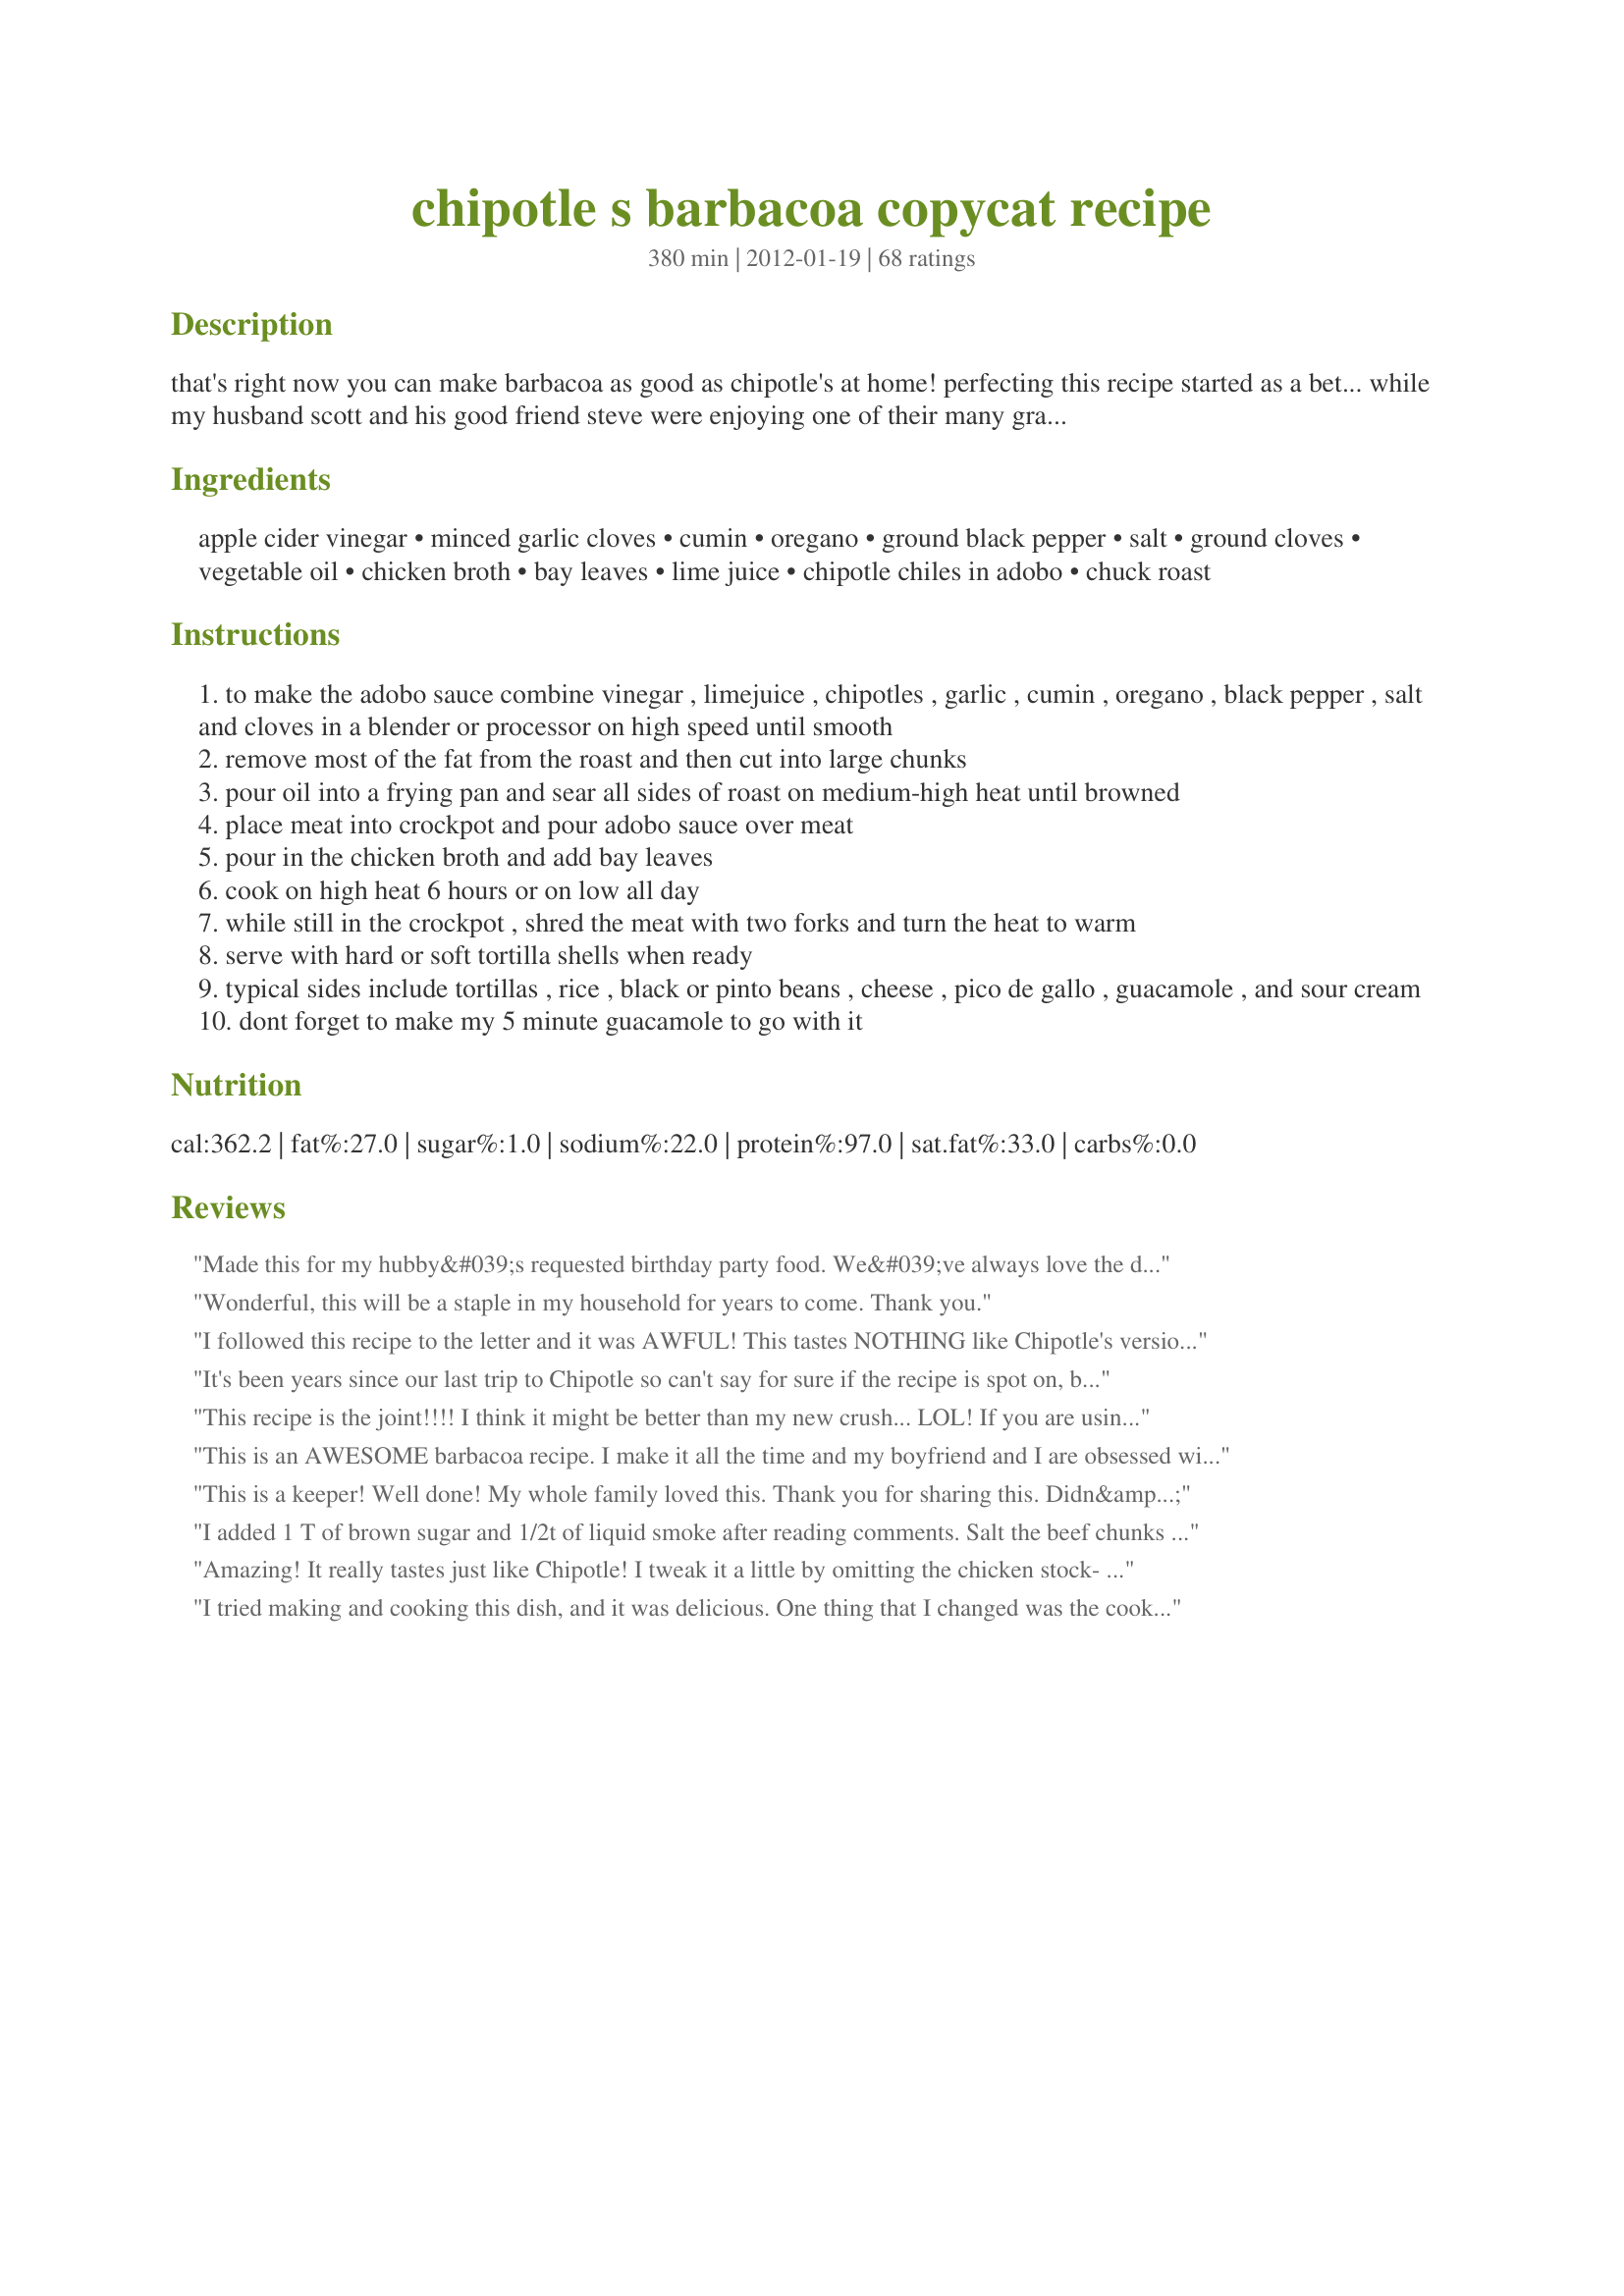
chipotle s barbacoa copycat recipe
Preparation time: 380 minutes

that's right now you can make barbacoa as good as chipotle's at home! perfecting this recipe started as a bet... while my husband scott and his good friend steve were enjoying one of their many grad school barbacoa lunches from chipotle, steve made the comment, "i don't think even jan could make it this good." oh, the challenge was on!

i searched the web and found several recipes claiming to be the real deal but i decided to base mine off a copycat recipe i found on todd wilbur's top secret recipes. so how did it come out? let's just say steve ate his words and several of these burritos :)

heads up, you'll need a crockpot for this one.

Ingredients:
apple cider vinegar, minced garlic cloves, cumin, oregano, ground black pepper, salt, ground cloves, vegetable oil, chicken broth, bay leaves, lime juice, chipotle chiles in adobo, chuck roast

Steps:
to make the adobo sauce combine vinegar , limejuice , chipotles , garlic , cumin , oregano , black pepper , salt and cloves in a blender or processor on high speed until smooth
remove most of the fat from the roast and then cut into large chunks
pour oil into a frying pan and sear all sides of roast on medium-high heat until browned
place meat into crockpot and pour adobo sauce over meat
pour in the chicken broth and add bay leaves
cook on high heat 6 hours or on low all day
while still in the crockpot , shred the meat with two forks and turn the heat to warm
serve with hard or soft tortilla shells when ready
typical sides include tortillas , rice , black or pinto beans , cheese , pico de gallo , guacamole , and sour cream
dont forget to make my 5 minute guacamole to go with it

Reviews:
Made this for my hubby&#039;s requested birthday party food. We&#039;ve always love the deep flavor of the barbacoa from chipotle. Outstanding recipe! Simple &amp; amazing- on point flavor comparison! The searing of the roast is so necessary. Friends commented on how perfect the meat was!! Highly recommended! I was also surprised it wasn&#039;t as spicy as I thought it was going to be!
Wonderful, this will be a staple in my household for years to come. Thank you.
I followed this recipe to the letter and it was AWFUL! This tastes NOTHING like Chipotle's version. Not even close. Not even a little bit. DO NOT use this recipe! I chose this recipe out of many, because of the positive reviews and now I think those reviews must be fake because this is disgusting. I have used recipes from this site before, with great success. This one, however, should be thrown in the garbage.
It's been years since our last trip to Chipotle so can't say for sure if the recipe is spot on, but it's close enough or better regardless! We've made it at least 10 times now and it's definitely a household favorite, and those we've shared it with say they can't get enough. We LOVE LOVE LOVE this recipe so much I signed up just so I can say thank you!
This recipe is the joint!!!! I think it might be better than my new crush... LOL! If you are using a small roast, PLEASE only use a half batch of sauce. I didn't take my own advice and made inedible meat. Thankfully, my local market had a huge sale on roasts. Slow cooked a new batch, but subbed a tiny can of tomato sauce and a teaspoon of honey for the peppers. Just got home from work a bit ago, added Batch 1's meat into this new stuff and....voila! It's still spicy, but not nightmarish. Actually, I think it might be better than the real thing! If you add some sour cream, avocado, slaw mix and cheese on a flour tortilla, your mouth will be so happy ?? Thanks be to the genius who cooked this recipe up!
This is an AWESOME barbacoa recipe. I make it all the time and my boyfriend and I are obsessed with it. It&#039;s great in tacos, burritos, and salads.
This is a keeper! Well done! My whole family loved this. Thank you for sharing this. Didn&#039;t change a thing and it was perfect!
I added 1 T of brown sugar and 1/2t of liquid smoke after reading comments. Salt the beef chunks before browning. (It doesn’t say that in the instructions) and use some of the chicken broth to deglaze th saut&eacute; pan and add that to the crockpot. Next time I’ll do it in the pressure cooker. Great recipe, they got it right.
Amazing! It really tastes just like Chipotle! I tweak it a little by omitting the chicken stock- and I use some of the extea adobo sauce from the Chipotle pepper can in the sauce for a little more kick and when I blend up the sauce ingredients there's always a fair bit in the blades and at the bottom of the container so I put a little water ion swish it around and use that in place of chicken stock. I also thicken up the sauce using a bit of a cornstarch paste bcause otherwise the sauce is a little too runny. And never never skip the searing part of it. That extra effort is so worth it!
I tried making and cooking this dish, and it was delicious. One thing that I changed was the cooking apparatus that I used - a pressure cooker -- it took me more than 20 minutes or longer too cook it, and it was tender, soft and flavorful too. I included some the juices, so the meat won&#039;t be dry.&lt;br/&gt;&lt;br/&gt;This was awesome that right smokiness and spiciness from the chipotle adobo sauce, and can taste the spices which complimented the Barbacoa. I will definitely cook this again.&lt;br/&gt;I accompanied with the Cilantro Lime rice, mango-tomato and cilantro salsa, sour cream, shredded mexican blend cheese, and some shredded lettuce. &lt;br/&gt;This will be great on nachos, crunchy or soft tortillas, spanish rice, beans or other side dishes.&lt;br/&gt;The Barbacoa tasted much more better than the one at Chipotle.
I double the recipe, so I could freeze the leftover, it was amazing. I didn't have ground cloves so I substituted cinnamon. Also used fresh lime juice.
I have never eaten at Chipotle I know, what? I&#039;ve never had the urge. But I love soft tacos with shreddy meat. So I made this. And it was fantastic. Thank you for this really delicious recipe. Well done!
I've made this a number of times, and it always comes in to rave reviews, but they got better when I did something very simple: Instead of browning the roast in a dutch oven, I sear it on the grill. Less mess, more flavor, better results. Second, I start with whole cumin, cloves, and peppercorns. I throw all of that into my spice grinder along with the oregano and salt and blast it for a few seconds. The resulting flavor is fresher and more even - no surprises, and every bite is as good as the first! Last thing - there is almost no reason to cook a single batch of this. To answer an earlier question, it freezes very well. Therefore, I always double the recipe and my slow cooker takes care of the heavy lifting.
Made this many times. Comes out great, though I up the lime juice and cumin, add all the can of Chipoltles, sauce and all. Requested as a pot luck item by my Latino co-workers, along with the recipe.
Delicious... got rave reviews from everyone, my brother-in-law (who does all the cooking at his house) called just yesterday for the recipe because my sister loved it so much! No left-overs here!! I did not have the cloves but had everything else and it turned out perfect.
I&#039;ve actually made this a few times now. My husband has an allergy to mild bell peppers, so I make this so that he can have Chipotle at home where I can guarantee he won&#039;t get sick! We both love it, and everyone who has had this recipe and Chipotle&#039;s says that this one is as good if not better! I cheat on the chiles in adobo and use a smoked habanero instead with a little tomato paste and adobo seasoning (powdered). Seems to work out about right. So good and well worth the little bit of prep!
Tender and soo good. Served with grilled veggies in a homemade taco bowl and cilantro lime rice
This recipe is fabulous, far better that Chipotle&#039;s.&lt;br/&gt;I got tired of paying over $7 for a lettuce and barbacoa salad at Chipotle&#039;s.&lt;br/&gt;And was hoping I could make something similar at home.&lt;br/&gt;Instead I was able to make something much much better.&lt;br/&gt;Easy recipe, delicious results.
So I was really nervous about how this would turn out after reading the bad reviews saying that the taste of vinegar was too strong....so I put in just a little under 1/3 cup of vinegar and followed the rest of the recipe exact. So I will say that there was quite a bit of tang from the vinegar but not enough to ruin it, thankfully. But I think you could easily use half the amount of vinegar and it will be good. My biggest issue was with how SPICY the chipotle peppers are. I have never used them before so I had no idea. The adobo sauce that the peppers came in smelled so good and smoky so I put it 4 peppers and added a spoonful of sauce too.....well those guys are HOT! So my 2 cents would be to use half the vinegar and half the peppers.
Disclaimer--I made it with chicken. It was fabulous! I&#039;ve tried to make barbacoa before, and it always seemed something was missing. I think the vinegar was what nailed it! Thanks for sharing your recipe--it is a winner!
I registered on that website just to rate this recipe... It's absolutely amazing!!! My husband and I are regular Chipotle customers and we love barbacoa. I was very skeptical about trying out any barbacoa recipes, because I didn't believe I could come any close to what we are used to at Chipotle. I finally gave it a shot... My husband said it was even better than at Chipotle! Everybody is saying that it makes a lot, which is true... but in my house it was gone within 2 days, and I only ate a little bit for lunch, the rest was consumed by my husband! If you love barbacoa, don't hesitate to try that recipe. Five starts! Thank you, Jan, for sharing!
WOW, this is fricken awesome. I just made the sauce in the blender and added it to some left over shredded brisket I smoked 2 days ago. BEST copycat recipe I ever found. Must try, I wouldn't change a thing..
I had high hopes for this recipe. I followed the directions perfectly. The end result was a pot full of vinegared beef. Not sure how this has as many five star reviews as it does. Even if I cut the amount of ACV this recipe calls for in half, this would still be near uneatable... And I drink ACV every morning! Bummer.
I love the recipe. One day I was out of apple cider vinnegar and used Balsamic Vinnegar, came out even better.
I made this with a 1.75 lb roast and it still came out perfectly. Per instruction from the recipe author, I drained off the juices before shredding the meat, thinking I would pour back in &quot;an appropriate amount,&quot; but it was really just the right amount with all poured back in. No other changes or substitutions and this was fantastic: tender and spicy with a really complex depth of flavor. I look forward to making a big batch for a big crowd.
Wow! Great recipe. I don&#039;t think it&#039;s quite like Chipotle&#039;s Barbacoa, but that&#039;s a good thing, because it&#039;s better! I can&#039;t get enough of this. I&#039;m going out to get some Chuck today to make another batch. Thanks for the recipe.
This worked out great for a taco party. For extra flavor, buy dried chipotles and make your own Adobo sauce (recipe is on back of package). Better than Chipotle!
Delicious !!!!!!!!!!! Best shredded beef taco/burrito meat! I followed everything exactly adding in a chopped onion. After the meat was cooked and shredded I drained out the greasy juices and put the meat back in the crock pot. I added chopped fresh cilantro, more lime juice, a can of Rotel original (the meat is delicious with little bits of tomato and green chiles), and a pinch of sugar. Let it cook on low a couple hours to blend flavors. Came out wonderful and will do it this way from now on. Easier than my old recipe too!
I haven't finished cooking this yet, but one thing that stands out to me is there is a lot of acidity from the vinegar and lime juice. After tasting it (about 4 hours in), I added some brown sugar. Agave would be good too.
I can&#039;t wait to try this
I love this recipe. Just wondering if you think it would work with pork instead of beef.
Great recipe. The only thing I'll do different next time is use less water/broth
This recipe is absolutely delicious. Chipotle is a guilty pleasure of mine, and their barbacoa is my favorite. This is even better. This recipe makes A LOT, but you can reheat the meat in any number of ways. I'm curious about how chicken would taste with this recipe.
I've never tried Chipotle's Barbacoa for comparison, but this made a great batch of flavorful shredded beef. I cooked this on low all day while I was at work, so the house smelled lovely when I got home. My original plans were to fill some flautas with this, but DH didn't want to wait that long, so I just made soft tacos with corn tortillas, onions and cilantro instead. I do have some of the meat left over, so I may yet get to try this in flautas. Thanks for posting! Made for PAC Spring 2012
I make a few changes...not a fan of preservatives so I don't use the chilies in adobo sauce. I substitute with 4 or 5 good sized poblano peppers that I broil in the oven, remove the skin and the bulk of the seeds from. The second time I made it I didn't remove the fat until it was ready to fall off the meat I think it added more flavor. Best shredded beef I've ever had!
This is amazing and so addicting! It does have a kick which I love. I went without the bay leaves and cloves since I'm not a fan of either and went with a 3 pound roast instead. Also put the meat back in the crockpot after shredding and left on warm for another hour which made a BIG difference- that's when it really seemed to absorb all of the flavor of the marinade. Highly recommend!
I made this recipe this past weekend and have to give it 5 stars! It is very easy to make and has an authentic barbacoa flavor. I didn&#039;t change anything on the recipe.
This recipe is spot on. The only thing I did not have was cloves. Also excellent as a breakfast burrito
This is a definite favorite in my house! Since I started making it about 4 months ago or so, I have made it a good half dozen times. My roasts are usually a little smaller, but I use more of the ingredients than the amounts listed, and it comes out fabulous and bursting with flavor. The only thing I do omit is the cloves since I never have them (and I don&#039;t think I would like their flavor in there.) The smell of the sauce always starts out quite strong, but that mellows out a lot by the time it&#039;s finished. I love that it is a dish where different distinct layers of flavor hit your palate one right after another; it keeps it really interesting. My husband is a total Chipotle addict, and he always says that this is way better than anything that Chipotle makes. I always serve it with Cilantro-Lime rice, which combines to make the flavors even better, and allows options for people to either leave it over rice, or to put both into a burrito. There&#039;s never much in the way of leftovers since it&#039;s so good!
I followed the recipe with no changes. I am meticulous in ensuring that all ingredients (as well as portion size) are included. Nobody in my family of five (including me) liked this at all. This was huge disappointment based on all of the 5 star reviews. We wound up throwing it away - a big waste of a good chuck roast.
How do I PRINT this??
I love this recipe but I double all the spices except the chiles in odobo sauce. It is not enough spices and flavor otherwise. Once it is all done, I sometimes add more spices to get it to a good flavor. I always end up tasting better than Chipotles.
This is wonderful! My husband and I both have sensitive stomachs and have a hard time enjoying mexican food, so I like to make it at home so I can customize it. I left out the chiles and used garlic oil instead of garlic. It still came out so flavorful! I also love that it&#039;s made in the crock pot (love my crock pot!).
I don&#039;t how she did but she did it. This recipe is actually better the Chipotle original. A great attribute to making at home is dredging the beef with sauce to top of my burrito.

AAA+ recipe
Very Tasty and easy. Not sure if the seasoning is exactly Chipotle, but this very well may be better. Good for Burritos or tacos
My boyfriend made this exact recipe over the weekend and it was amazing! Thank you for the recipe! We will def. be enjoying this time and time again!
The recipe turned out to be quite awesome! The family raved about it. I'm sure I'll be serving this in the future for both friends and family. I did make a few modifications. I did not have a chuck roast in the refrigerator. So, I replaced the roast with 4 pounds of boneless country-style spare ribs. I cooked at 400 degrees for 1.5 hours. Then I shredded the meat, added 2 tablespoons of chili powder and a can of green chilies. Then, I added the remainder of the chicken broth, approximately 1/2 cup and let it simmer at 300 degrees for another hour. Can't wait to see what it taste like tomorrow after it has sat for 24 hours. MARVELOUS!!!
I didn't have time to take a picture lol, I'd lose out on eating time! I made this exactly like the directions, but I added the entire can of peppers with the adobo sauce. I drained the juice into a bowl when I shredded up the beef, then added back just enough to moisten up the meat again. Placed the meat in tortillas with cheese and lime and it was fantastic!!
I feel bad that I have to rate this with one star because I REALLY wanted to find a recipe that tasted like Chipotles Babacoa. I copied this recipe EXACTLY as stated. I&#039;m not sure where I went wrong since I have looked and over looked this again and again to see if there was something I missed and there is nothing. I can tell you one thing for sure that I realized, the Bay Leaves were very over powering. There were a few ingredients that I used for this recipe that I have never used before but I figured why not if it tastes like Barbocoa in the end. I realize now that I don&#039;t like Bay Leaves and I could taste it in every bite of the barbacoa. I definitely have never tasted that taste when eating at chipotle. Because of all the 5 stars, I had to rate this as honestly as I felt because I wasted $20 on a 4 1/2 pound roast and had to throw it away.
It really taste good with the chipotle barabacoa. it is really allsome. but i make this a few times for my kids and they love it :)
This recipe is perfect! I used top round roast because they didn't have chuck. It was too lean. Definitely use chuck roast and you will have the perfect barbacao. I don't use chicken broth either so I added an extra .25 tsp salt.
This recipe is fantastic! Tastes EXACTLY like Chipotle&#039;s Barbacoa meat! I can stop going to Chipotle and have this great dish anytime I want at home! Thanks!
Just wanted to say that this is a fabulous recipe that I have used with beef, pork, and chicken with great success. I do leave out the chipotle chilies in adobo since my kids are babies when it comes to spicy food. I also add a ton of sliced onions and peppers (they cook down with the meat and help increase one's vegetable intake). Thanks for a great keeper recipe!
Sorry, I mispoke in my review - there is ACV in both recipes.
I am a hobbyist cook. I cook gormet for my family and have been requested for friends and even a few private events upwards of a few hundred. This is a great recipe. I only use 2 chipoles and spoon in a little extra adobo sauce. Crockpot this for 8+ hours. Use slowcooker liners. Save cleaning time. Any questions, contact idlove to help.
I wasn&#039;t sure about this one when I put it in the crockpot. All day I kept thinking that it smelled like choizo and I am not a fan of it. I shredded and tasted. I didn&#039;t think that it was great but it was edible. I let it sit in the juice on warm for awhile cuz we weren&#039;t ready too eat yet. Tasted again and WOW! Melts in your mouth! Made tortas out of it. Didn&#039;t think my daughter was gonna eat it but she did. Tomorrow I will make tostadas out of the left overs. I halfed this recipe cuz I only had a 2 lb roast but I used 3 chipoltes. Next time I will use more.
I made this exactly as the recipe explained....it was THE BEST meat I have ever had. Chipotle is good but this is even better! Thank you for sharing!
Great recipe that I've made many times! Instead of a frying pan and crockpot, I use an enameled dutch oven to first brown the meat on stove and after adding the sauce, put it into the oven at 230 for about 5 hrs.
This is an AWESOME recipe! I love Chipotle's Barbacoa, but this is even better, and very easy to prepare.
This is amazballs. I saw a recent one star which perhaps she made the mistake i ALMOST made which was to add 3 cans of chipotles in adobe rather than 3 or 4 actual chipotles? And if it is bay leaves, then the recipe doesn&#039;t deserve the one star...but anyway, it&#039;s spot on. We had some good cuts of chuck Nader r us and followed the recipe right on except added more cumin and salt per my taste, and it was amazing! Even if it didn&#039;t taste similar to chipotle, it still would have been amazing tasting. I saw another recipe, and they clearly took it from the same place basically exact, and it clearly is basically exact to the chipotle recipe. Yum. I&#039;m going to eat the leftovers fr breakfast
We eat at Chipotle every friday night. My hubby gets the barbacoa every time. I just want everyone to know that this tastes NOTHING like Chipotle Restaurant&#039;s Barbacoa. It tasted a WHOLE LOT like vinegar and bay leaves though! I followed the recipe above exactly as printed also no deviates. I am totally shocked at all the positive reviews. What a waste of a chuck roast.
I do not like chipotle barbacoa, my husband loves it. He rated this recipe better than theirs. I really like it too. So delicious and filling!!
Thank you. This is now a part of my family&#039;s favorite dinner along with cilantro lime rice, seasoned black beans and the fixins. The only change I plan on making next time is omitting the cloves or at least reducing the amount from 1/2 tsp. to 1/4 tsp.
I&#039;ve made this a couple times since finding the recipe. Having eaten at chipotles only one time, I&#039;m not an expert on the Barbacoa but this tasted the same to me. I actually made this recipe before having eaten at chipotles, and I knew I wanted to try the Barbacoa at chipotles to see the comparison. I couldn&#039;t tell the difference. I made this again few days ago, and it&#039;s so amazing. I had it in burritos, burrito bowls and with scrambled eggs and cheese, with salsa and sour cream. It&#039;s delicious however it&#039;s served up.
This may be my first recipe review ever! I rarely follow a recipe strictly, but I did with this one and it turned out awesome! If you like Chipotle's Barbacoa and you want to make it at home you have found the right recipe...but be warned, this one might be even better! Enjoy :) (Note: A 4-5 lb chuck roast seemed like a lot, so I went with a 3 lb and adjusted the recipe accordingly...i should have gone with the larger, there were hardly any leftovers and there were just 3 of us!)
Made it last night for dinner. It took about 8 hours total and it was absolutely amazing! Lots of leftovers so will be able to enjoy for a bit. I served it with Target&#039;s Market Pantry Cilantro Lime rice and Juanita brand tortilla chips (they have just a hint of lime). Great find!
If you like the Chipotle Restaurant Barbacoa, this recipe is fantastic! I never rated anything on the internet until now because this recipe is just so good. My daughter and I both abosolutely love Chipotle Barbacoa. Having a large family, it gets expensive taking the entire family out to eat. I decided to try this recipe. I loved it and my daughter really loved it. She ate it for supper, then breakfast, packed it for school lunch and still ate it later that evening. I had to tell her she had to eat something else for breakfast the next morning. She said it tastes exactly like the restaurant. The recipe makes enough to have left overs later or to freeze it. If you like Chipotle Barbacoa you will love this recipe.
Hmmmm I don't think it tastes like chipotle's barbacoa! I mean it is good and tasty but doesn't taste the same. I did not add the same amount of chipotle peppers because chipotle's isn't spicy and I know what 3-4 chipotles will do to a roast. ????
